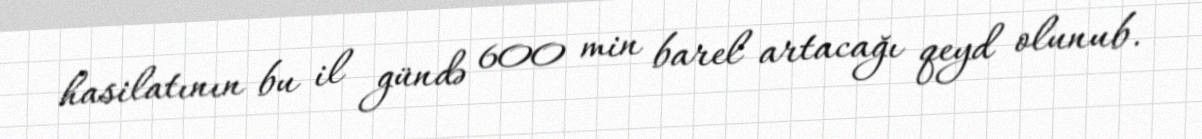
hasilatının bu il gündə 600 min barel artacağı qeyd olunub.